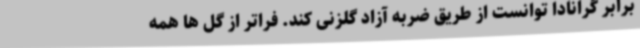
برابر گرانادا توانست از طریق ضربه آزاد گلزنی کند. فراتر از گل ها همه